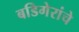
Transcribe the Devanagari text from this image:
बडिगेरांचे